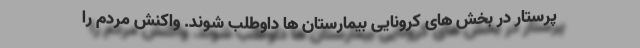
پرستار در بخش های کرونایی بیمارستان ها داوطلب شوند. واکنش مردم را